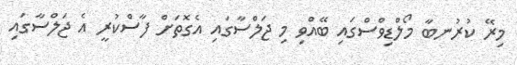
މިރޭ ކުރުނބާ މޯލްޑިވްސްގައި ބޭއްވި މި ޖަލްސާގައި އެގޮޮތަށް ފާސްކުރީ އެ ޖަލްސާގައި